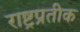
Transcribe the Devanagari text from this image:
राष्ट्रप्रतीक